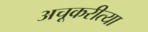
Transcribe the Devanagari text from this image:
अचूकरीत्या